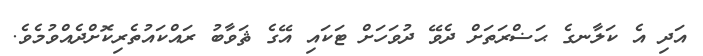
އަދި އެ ކަލާނގެ ޙަޟްރަތަށް ދެވޭ ދުވަހަށް ޓަކައި އޭގެ ޘަވާބު ރައްކައުތެރިކޮށްދެއްވުމެވެ.